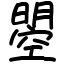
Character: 曌